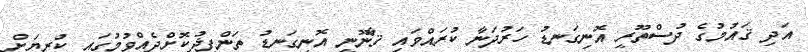
އަދި ޤައުމުގެ ދުސްތޫރީ އޮނިގަނޑު ހަރުދަނާ ކުރައްވައި ޤާނޫނީ އޮނިގަނޑު ތަންފީޛުކޮށްދެއްވުމުގައި ކުރިޔަށް